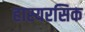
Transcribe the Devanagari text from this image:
हास्यरसिक